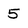
Character: 5